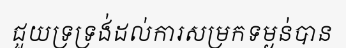
ជួយទ្រទ្រង់ដល់ការសម្រកទម្ងន់បាន